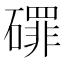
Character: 𱴷